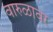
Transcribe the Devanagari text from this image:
वारुळावर